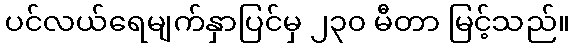
ပင်လယ်ရေမျက်နှာပြင်မှ ၂၃၀ မီတာ မြင့်သည်။